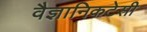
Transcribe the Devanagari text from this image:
वैज्ञानिकटेसी